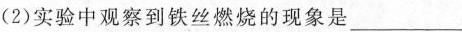
(2)实验中观察到铁丝燃烧的现象是___